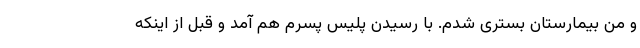
و من بیمارستان بستری شدم. با رسیدن پلیس پسرم هم آمد و قبل از اینکه